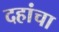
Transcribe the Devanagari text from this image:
दहांचा